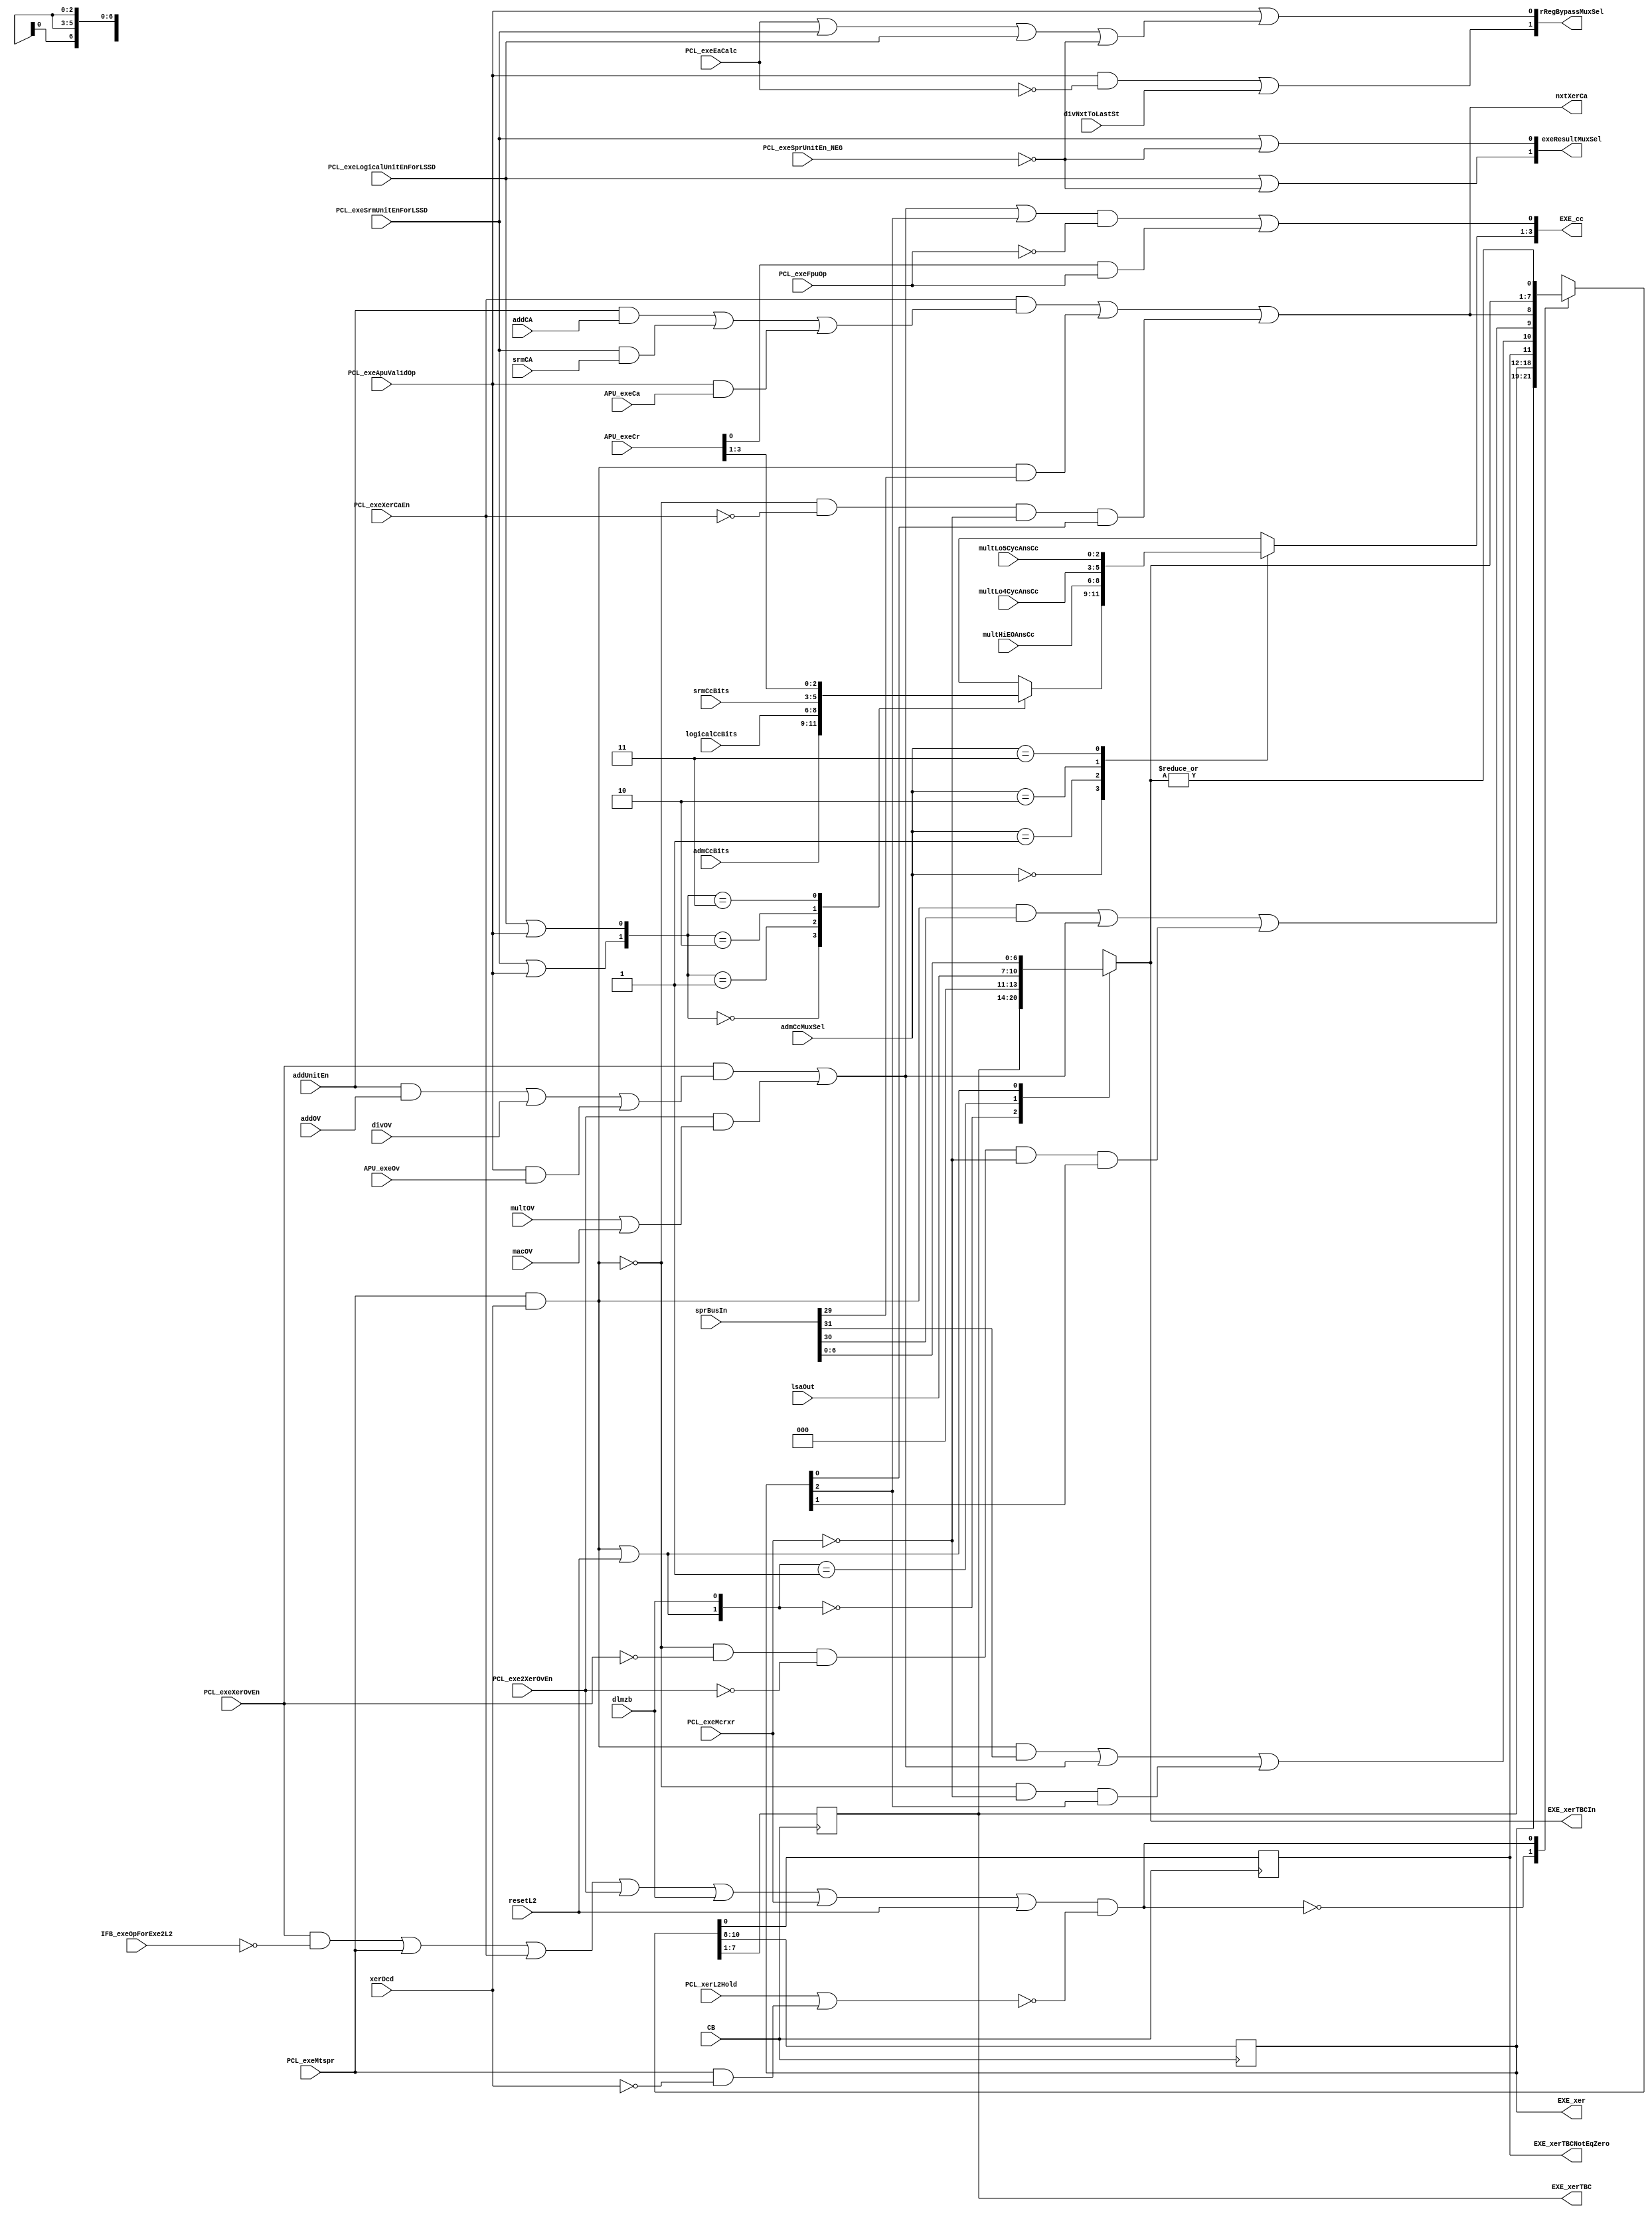
// 
// ************************************************************************** 
// 
//  Copyright (c) International Business Machines Corporation, 2005. 
// 
//  This file contains trade secrets and other proprietary and confidential 
//  information of International Business Machines Corporation which are 
//  protected by copyright and other intellectual property rights and shall 
//  not be reproduced, transferred to other documents, disclosed to others, 
//  or used for any purpose except as specifically authorized in writing by 
//  International Business Machines Corporation. This notice must be 
//  contained as part of this text at all times. 
// 
// ************************************************************************** 
//
module p405s_xer_top (EXE_cc, EXE_xer, EXE_xerTBC, EXE_xerTBCNotEqZero,
           nxtXerCa, rRegBypassMuxSel, APU_exeCa,
           APU_exeOv, CB, PCL_exeLogicalUnitEnForLSSD, APU_exeCr,
           PCL_exeMcrxr, PCL_exeMtspr, PCL_exeSprUnitEn_NEG, PCL_exeSrmUnitEnForLSSD,
           PCL_exeXerCaEn, PCL_exeXerOvEn, PCL_xerL2Hold, addCA, addOV,
           addUnitEn, admCcBits, resetL2, divOV, dlmzb, logicalCcBits,
           lsaOut, multOV, sprBusIn, srmCA, xerDcd, EXE_xerTBCIn,
           srmCcBits, PCL_exe2XerOvEn, exeResultMuxSel, PCL_exeEaCalc,
           divNxtToLastSt, macOV, multHiEOAnsCc, multLo4CycAnsCc, multLo5CycAnsCc,
           admCcMuxSel, IFB_exeOpForExe2L2, PCL_exeFpuOp, PCL_exeApuValidOp);
    output [0:3] EXE_cc;
    output [0:2] EXE_xer;
    output [0:6] EXE_xerTBC;
    output [0:6] EXE_xerTBCIn;
    output EXE_xerTBCNotEqZero;
    output nxtXerCa;
    output [0:1] rRegBypassMuxSel;
    output [0:1] exeResultMuxSel;
    input APU_exeCa;
    input APU_exeOv;
    input [0:3] APU_exeCr;
    //input [0:4] CB;
    input CB;
    input PCL_exeLogicalUnitEnForLSSD;
    input PCL_exeMcrxr;
    input PCL_exeMtspr;
    input PCL_exeSprUnitEn_NEG;
    input PCL_exeSrmUnitEnForLSSD;
    input PCL_exeXerCaEn;
    input PCL_exeXerOvEn;
    input PCL_xerL2Hold;
    input addCA;
    input addOV;
    input addUnitEn;
    input [0:2] admCcBits;
    input resetL2;
    input divOV;
    input dlmzb;
    input [0:2] logicalCcBits;
    input [28:31] lsaOut;
    input multOV;
    input [0:31] sprBusIn;
    input srmCA;
    input xerDcd;
    input [0:2] srmCcBits;
    input PCL_exe2XerOvEn;
    input PCL_exeEaCalc;
    input divNxtToLastSt;
    input macOV;
    input [0:1] admCcMuxSel;
    input [0:2] multLo5CycAnsCc;
    input [0:2] multLo4CycAnsCc;
    input [0:2] multHiEOAnsCc;
    input IFB_exeOpForExe2L2;
    input PCL_exeFpuOp;
    input PCL_exeApuValidOp;

// Changes:
// 01/27/99 SBP Changed nxrXerOVIn equation. See pass1 issue 363 for details.
//

wire  nxtXerOv, mtXer, mtOrReset, xerE1, xerE2, xerSOIn, xerOVIn;
wire xerTBCNotEqZeroIn, exeResultSel;
wire [0:1] crMuxSel;
//wire [0:2] exeUnitCc;
//wire [0:3] exeCc;
reg [0:6] xerTBCIn;
//reg [0:2] EXE_xer;
//reg [0:6] EXE_xerTBC;
//reg EXE_xerTBCNotEqZero;
reg [0:2] exeUnitCc;
reg [0:2] EXE_cc_muxout;

// The xer should be updated with overflow detection by:
// 1) an internal div with PCL_exeXerOvEn,
// 2) an add unit overflow,
// 3) an apu overflow.

// The xer should be loaded with carry info by:
// 1) an add unit carry bit,
// 2) an SRM carry bit,
// 3) an apu carry bit.

assign mtXer = PCL_exeMtspr & xerDcd;

assign xerE1 = ((PCL_exeXerOvEn & ~IFB_exeOpForExe2L2) | PCL_exeMtspr | PCL_exeXerCaEn |
                PCL_exe2XerOvEn | dlmzb | PCL_exeMcrxr | resetL2);

assign xerE2 = ~(PCL_xerL2Hold | (PCL_exeMtspr & ~xerDcd));

assign nxtXerOv = (PCL_exeXerOvEn & ((addUnitEn & addOV) | divOV |
                  (PCL_exeApuValidOp & APU_exeOv))) |         //mutlDivOV is qualified with
                  (PCL_exe2XerOvEn & (multOV | macOV));                                      //with there unit enables.

reg [0:2] EXE_xer_i;
wire [0:2] EXE_xer;
assign EXE_xer[0:2] = EXE_xer_i[0:2];
wire nxtXerCa_i;
wire nxtXerCa;
assign nxtXerCa = nxtXerCa_i;
assign nxtXerCa_i = (PCL_exeXerCaEn & ((addUnitEn & addCA) | (PCL_exeSrmUnitEnForLSSD & srmCA) |
                   (PCL_exeApuValidOp & APU_exeCa))) |
                   (mtXer & sprBusIn[2]) |
                   (~mtXer & ~PCL_exeXerCaEn & ~PCL_exeMcrxr & EXE_xer_i[2]);

assign xerSOIn = (mtXer & sprBusIn[0]) | nxtXerOv |
                 (~mtXer & ~PCL_exeMcrxr & EXE_xer_i[0]);

assign xerOVIn = (mtXer & sprBusIn[1]) | nxtXerOv |
                  (~mtXer & ~PCL_exeXerOvEn & ~PCL_exe2XerOvEn & ~PCL_exeMcrxr &
                   EXE_xer_i[1]);

assign mtOrReset = mtXer | resetL2;

assign xerTBCNotEqZeroIn = |xerTBCIn[0:6];

reg [0:6] EXE_xerTBC_i;
wire [0:6] EXE_xerTBC;
assign EXE_xerTBC = EXE_xerTBC_i;
always @(mtOrReset or sprBusIn or EXE_xerTBC_i or dlmzb or lsaOut)
begin
   casez({mtOrReset,dlmzb})
      2'b00:begin
         xerTBCIn[0:6] = EXE_xerTBC_i;
      end
      2'b01:begin
         xerTBCIn[0:6] = {3'b0,lsaOut[28:31]};
      end
      2'b1?:begin
         xerTBCIn[0:6] = sprBusIn[25:31];
      end
// x catcher.
      default:begin
         xerTBCIn[0:6] = 7'bxxxxxxx;
      end
   endcase
end

assign EXE_xerTBCIn[0:6] = xerTBCIn[0:6];
//************************************************************************
// XER Latch
//************************************************************************
//dp_regEXE_xer   regEXE_xer(.E1(xerE1),
//                           .E2(xerE2),
//                           .D({xerSOIn,xerOVIn,nxtXerCa,xerTBCIn[0:6],xerTBCNotEqZeroIn}),
//                           .I(SI),
//                           .CB(CB[0:4]),
//                           .L2({EXE_xer[0:2],EXE_xerTBC[0:6],EXE_xerTBCNotEqZero}),
//                           .SO(SO));
// Removed the module 'dp_regEXE_xer'
reg EXE_xerTBCNotEqZero_i;
wire EXE_xerTBCNotEqZero;
assign EXE_xerTBCNotEqZero = EXE_xerTBCNotEqZero_i;
always @(posedge CB)      
    begin                                       
    casez(xerE1 & xerE2)
     1'b0: {EXE_xer_i[0:2],EXE_xerTBC_i[0:6],EXE_xerTBCNotEqZero_i} <= {EXE_xer_i[0:2],EXE_xerTBC_i[0:6],EXE_xerTBCNotEqZero_i};                
     1'b1: {EXE_xer_i[0:2],EXE_xerTBC_i[0:6],EXE_xerTBCNotEqZero_i} <= {xerSOIn,xerOVIn,nxtXerCa_i,xerTBCIn[0:6],xerTBCNotEqZeroIn}; 
      default: {EXE_xer_i[0:2],EXE_xerTBC_i[0:6],EXE_xerTBCNotEqZero_i} <= 11'bx;  
    endcase                             
   end

//************************************************************************
// CR Out Mux
//************************************************************************
// crMuxSel[0:1]
// 00 -  admCcBits[0:2]
// 01 -  logicalCcBits[0:2]
// 10 -  srmCcBits[0:2]
// 11 -  APU_exeCr[0:2]

// condition register bit 3.
assign EXE_cc[3] = ((nxtXerOv | EXE_xer_i[0]) & ~PCL_exeFpuOp) |
                   (APU_exeCr[3] & PCL_exeFpuOp);

assign crMuxSel[0] = PCL_exeSrmUnitEnForLSSD | PCL_exeApuValidOp;
assign crMuxSel[1] = PCL_exeLogicalUnitEnForLSSD | PCL_exeApuValidOp;

//dp_muxEXE_crOut   muxEXE_crOut(.Z(exeUnitCc[0:2]),
//                               .D0(admCcBits[0:2]),
//                               .D1(logicalCcBits[0:2]),
//                               .D2(srmCcBits[0:2]),
//                               .D3(APU_exeCr[0:2]),
//                               .SD(crMuxSel[0:1]));
// Removed the module 'dp_muxEXE_crOut'
always @(crMuxSel or admCcBits or logicalCcBits or srmCcBits or APU_exeCr)
    begin                                           
    case(crMuxSel[0:1])
     2'b00: exeUnitCc[0:2] = admCcBits[0:2];
     2'b01: exeUnitCc[0:2] = logicalCcBits[0:2];    
     2'b10: exeUnitCc[0:2] = srmCcBits[0:2];    
     2'b11: exeUnitCc[0:2] = APU_exeCr[0:2];    
      default: exeUnitCc[0:2] = 3'bx;   
    endcase                                    
   end 

//************************************************************************
// admCc Mux
//************************************************************************
// admCcMuxSel[0:1]
// 00 -  exeUnitCc[0:2]
// 01 -  multHiEOAnsCc[0:2]
// 10 -  multLo4CycAnsCc[0:2]
// 11 -  multLo5CycAnsCc/MacSatCc[0:2]

//dp_muxEXE_admCc   muxEXE_admCc(.Z(EXE_cc[0:2]),
//                               .D0(exeUnitCc[0:2]),
//                               .D1(multHiEOAnsCc[0:2]),
//                               .D2(multLo4CycAnsCc[0:2]),
//                               .D3(multLo5CycAnsCc[0:2]),
//                               .SD0({3{admCcMuxSel[0]}}),
//                               .SD1({3{admCcMuxSel[1]}}));
// Removed the module 'dp_muxEXE_admCc'
assign EXE_cc[0:2] = EXE_cc_muxout[0:2];
always @(admCcMuxSel or admCcMuxSel or exeUnitCc or multHiEOAnsCc or multLo4CycAnsCc or multLo5CycAnsCc)
    begin                                           
    case({admCcMuxSel[0],admCcMuxSel[1]})       
     2'b00: EXE_cc_muxout[0:2] = exeUnitCc[0:2];
     2'b01: EXE_cc_muxout[0:2] = multHiEOAnsCc[0:2];
     2'b10: EXE_cc_muxout[0:2] = multLo4CycAnsCc[0:2];
     2'b11: EXE_cc_muxout[0:2] = multLo5CycAnsCc[0:2];
      default: EXE_cc_muxout[0:2] = 1'bx;        
    endcase                                    
   end

//************************************************************************
// EXE_Cc Inv
//************************************************************************
//dp_logEXE_exeCcInv logEXE_exeCcInv(.Z(EXE_cc_Neg[0:3]),
//                                   .A(exeCc[0:3]));
//
//************************************************************************
// exeResultMuxSel
//************************************************************************
// exeResultMuxSel[0:1]
// 00 -  dsEa[0:31]
// 01 -  srmOut[0:31]
// 10 -  logicalOut[0:31]
// 11 -  sprBus[0:31]

assign exeResultMuxSel[0] = PCL_exeLogicalUnitEnForLSSD | ~PCL_exeSprUnitEn_NEG;
assign exeResultMuxSel[1] = PCL_exeSrmUnitEnForLSSD | ~PCL_exeSprUnitEn_NEG;

assign exeResultSel = PCL_exeEaCalc | PCL_exeSrmUnitEnForLSSD | PCL_exeLogicalUnitEnForLSSD |
                      ~PCL_exeSprUnitEn_NEG;
//************************************************************************
// rRegBypassMuxSel
//************************************************************************
// rRegBypassMuxSel[0:1]
// 00 -  admOut[0:31]
// 01 -  exeResult[0:31]
// 10 -  sRegL2[1:31],nxtQ
// 11 -  apuResult[0:31]

assign rRegBypassMuxSel[0] = (PCL_exeApuValidOp & ~PCL_exeEaCalc) | divNxtToLastSt;
assign rRegBypassMuxSel[1] = PCL_exeApuValidOp | exeResultSel;


endmodule